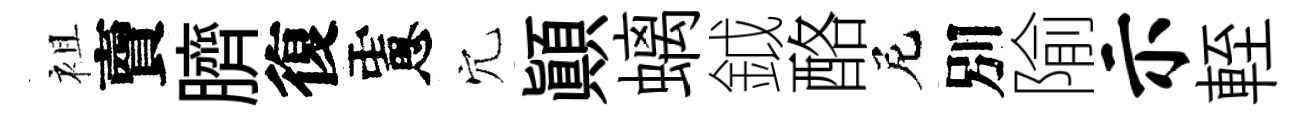
袓𧶠臍復慮穴顚螭鉞酪尼別隃示輊